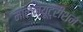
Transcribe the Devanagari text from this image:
मालन्यूट्रीशन